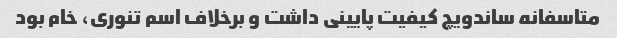
متاسفانه ساندویچ کیفیت پایینی داشت و برخلاف اسم تنوری، خام بود